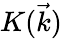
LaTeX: K(\vec{k})